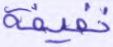
خفيفة